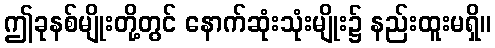
ဤခုနစ်မျိုးတို့တွင် နောက်ဆုံးသုံးမျိုး၌ နည်းထူးမရှိ။